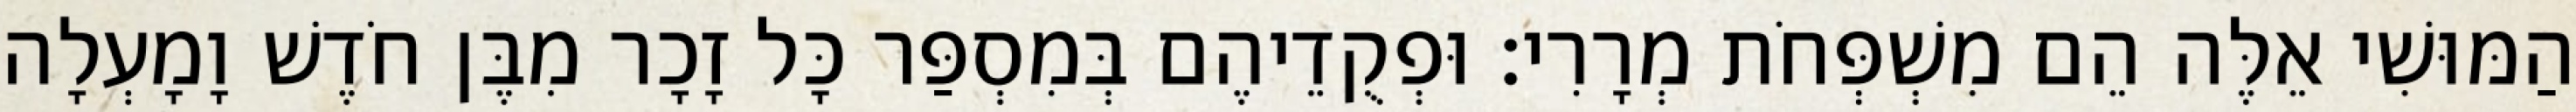
הַמּוּשִׁי אֵלֶּה הֵם מִשְׁפְּחֹת מְרָרִי׃ וּפְקֻדֵיהֶם בְּמִסְפַּר כָּל זָכָר מִבֶּן חֹדֶשׁ וָמָעְלָה